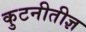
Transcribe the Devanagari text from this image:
कुटनीतीज्ञ